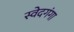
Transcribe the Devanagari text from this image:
स्वेदगंगा